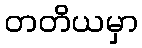
တတိယမှာ